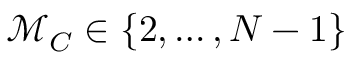
\mathcal { M } _ { C } \in \{ 2 , \dots , N - 1 \}